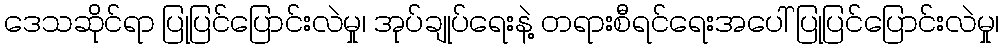
ဒေသဆိုင်ရာ ပြုပြင်ပြောင်းလဲမှု၊ အုပ်ချုပ်ရေးနဲ့ တရားစီရင်ရေးအပေါ် ပြုပြင်ပြောင်းလဲမှု၊